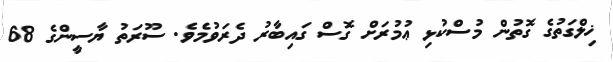
ޚިލްގަތުގެ ގޮތުން މުސްކުޅި ޢުމުރަށް ގޮސް ގައިބާރު ދެރަވުމެވެ. ސޫރަތު ޔާސީންގެ 68